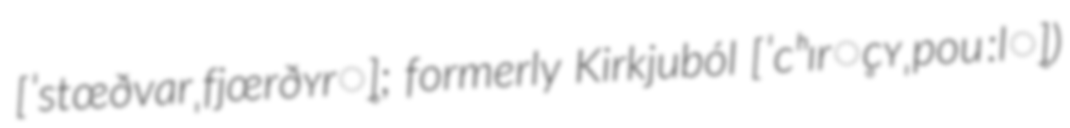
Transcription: ​[ˈstœðvarˌfjœrðʏr̥]; formerly Kirkjuból [ˈcʰɪr̥cʏˌpouːl̥])